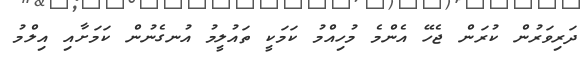
ދަރިވަރުން ކުރަން ޖެހޭ އެންމެ މުހިއްމު ކަމަކީ ތައުލީމު އުނގެނުން ކަމަށާއި އިލްމު